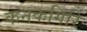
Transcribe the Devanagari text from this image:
कनकगिरि